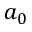
a _ { 0 }